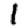
Digit: 1